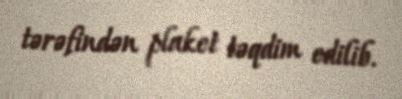
tərəfindən plaket təqdim edilib.